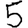
Digit: 5